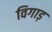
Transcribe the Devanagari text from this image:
विगाड़